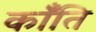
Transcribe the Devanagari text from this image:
कॉँति